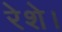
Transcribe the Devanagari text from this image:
रेशे।